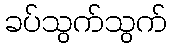
ခပ်သွက်သွက်